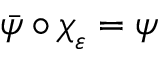
\bar { \psi } \circ \boldsymbol { \chi } _ { \varepsilon } = \psi